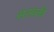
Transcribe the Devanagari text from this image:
संतशक्ती